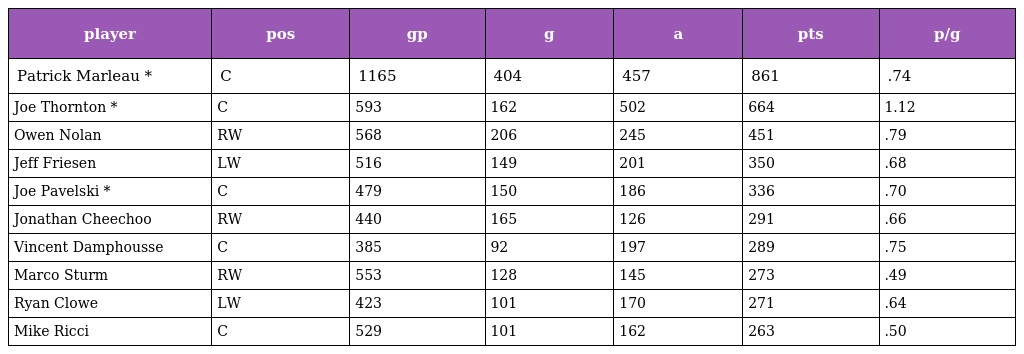
| player | pos | gp | g | a | pts | p/g |
 | --- | --- | --- | --- | --- | --- | --- |
 | Patrick Marleau * | C | 1165 | 404 | 457 | 861 | .74 |
 | Joe Thornton * | C | 593 | 162 | 502 | 664 | 1.12 |
 | Owen Nolan | RW | 568 | 206 | 245 | 451 | .79 |
 | Jeff Friesen | LW | 516 | 149 | 201 | 350 | .68 |
 | Joe Pavelski * | C | 479 | 150 | 186 | 336 | .70 |
 | Jonathan Cheechoo | RW | 440 | 165 | 126 | 291 | .66 |
 | Vincent Damphousse | C | 385 | 92 | 197 | 289 | .75 |
 | Marco Sturm | RW | 553 | 128 | 145 | 273 | .49 |
 | Ryan Clowe | LW | 423 | 101 | 170 | 271 | .64 |
 | Mike Ricci | C | 529 | 101 | 162 | 263 | .50 |